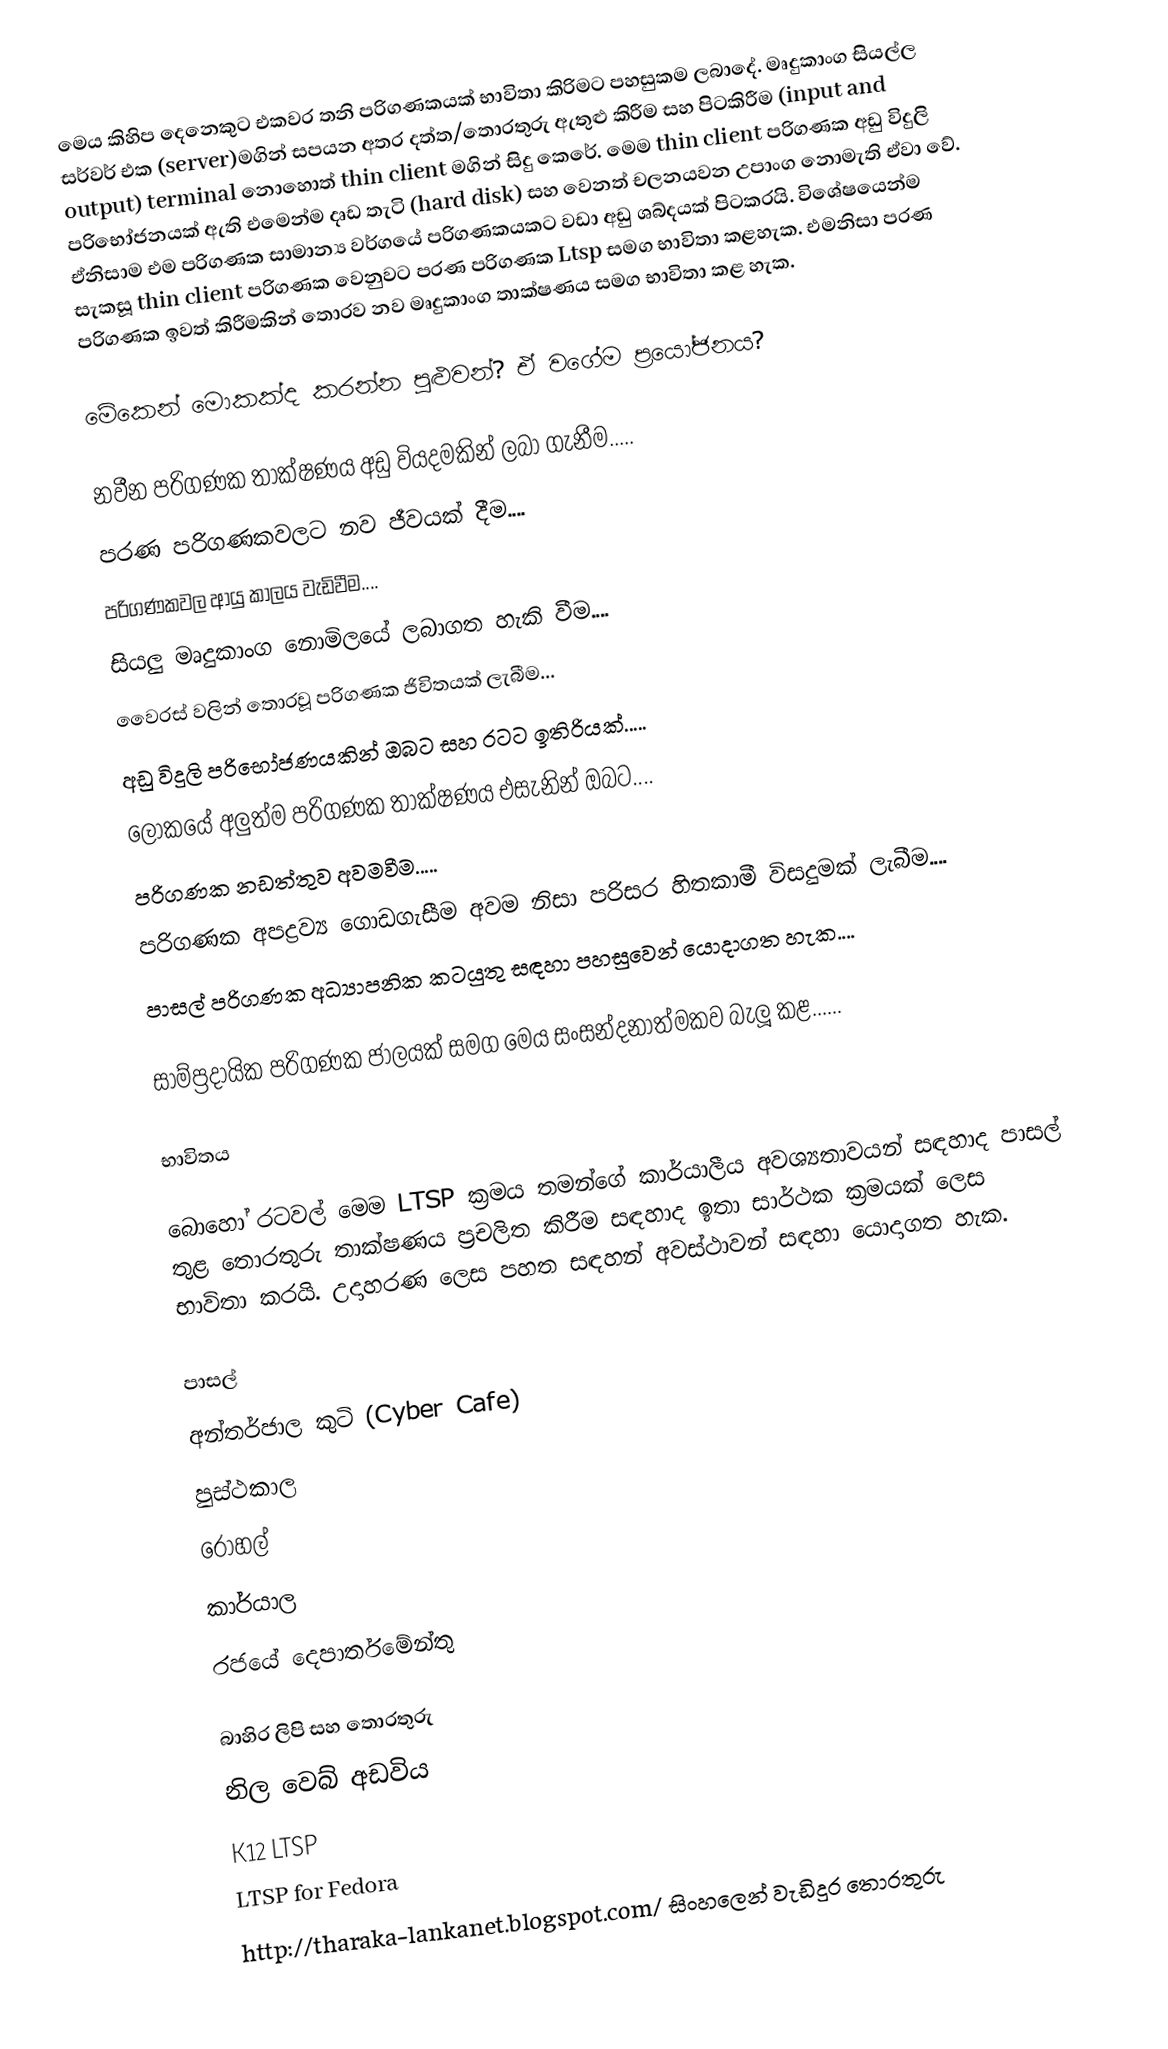
මෙය කිහිප දෙනෙකුට එකවර තනි පරිගණකයක් භාවිතා කිරිමට පහසුකම ලබාදේ. මෘදුකාංග සියල්ල සර්වර් එක (server)මගින් සපයන අතර දත්ත/තොරතුරු ඇතුළු කිරීම සහ පිටකිරීම (input and output) terminal නොහොත් thin client මගින් සිදු කෙරේ. මෙම thin client පරිගණක අඩු විදුලි පරිභෝජනයක් ඇති එමෙන්ම දෘඩ තැටි (hard disk) සහ වෙනත් චලනයවන උපාංග නොමැති ඒවා වේ. ඒනිසාම එම පරිගණක සාමාන්‍ය වර්ගයේ පරිගණකයකට වඩා අඩු ශබ්දයක් පිටකරයි. විශේෂයෙන්ම සැකසූ thin client පරිගණක වෙනුවට පරණ පරිගණක Ltsp සමග භාවිතා කළහැක. එමනිසා පරණ පරිගණක ඉවත් කිරීමකින් තොරව නව මෘදුකාංග තාක්ෂණය සමග භාවිතා කළ හැක.

මේකෙන් මොකක්ද කරන්න පුළුවන්? ඒ වගේම ප්‍රයෝජනය?

 නවීන පරිගණක තාක්ෂණය අඩු වියදමකින් ලබා ගැනීම.....
 පරණ පරිගණකවලට නව ජීවයක් දීම....
 පරිගණකවල ආයු කාලය වැඩිවීම....
 සියලු මෘදුකාංග නොමිලයේ ලබාගත හැකි වීම....
 වෛරස් වලින් තොරවූ පරිගණක ජිවිතයක් ලැබීම...
 අඩු විදුලි පරිභෝජණයකින් ඔබට සහ රටට ඉතිරියක්.....
 ලෝකයේ අලුත්ම පරිගණක තාක්ෂණය එසැනින් ඔබට....
 පරිගණක නඩත්තුව අවමවීම.....
 පරිගණක අපද්‍රව්‍ය ගොඩගැසීම අවම නිසා පරිසර හිතකාමී විසදුමක් ලැබීම....
 පාසල් පරිගණක අධ්‍යාපනික කටයුතු සඳහා පහසුවෙන් යොදාගත හැක....

සාම්ප්‍රදායික පරිගණක ජාලයක් සමග මෙය සංසන්දනාත්මකව බැලූ කළ......

භාවිතය

බොහෝ රටවල් මෙම LTSP ක්‍රමය තමන්ගේ කාර්යාලීය අවශ්‍යතාවයන් සඳහාද පාසල් තුළ තොරතුරු තාක්ෂණය ප්‍රචලිත කිරීම සඳහාද ඉතා සාර්ථක ක්‍රමයක් ලෙස භාවිතා කරයි. උදාහරණ ලෙස පහත සඳහන් අවස්ථාවන් සඳහා යොදාගත හැක.

 පාසල්
 අන්තර්ජාල කුටි (Cyber Cafe)
 පුස්ථකාල
 රෝහල්
 කාර්යාල
 රජයේ දෙපාර්තමේන්තු

බාහිර ලිපි සහ තොරතුරු
 නිල වෙබ් අඩවිය
 K12 LTSP
 LTSP for Fedora
 http://tharaka-lankanet.blogspot.com/ සිංහලෙන් වැඩිදුර තොරතුරු